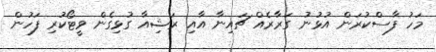
މަހު ފާސްކުރަން އުޅުނު ގަރާރެއް ޗައިނާ އާއި ރަޝިއާ ގުޅިގެން ވީޓޯކުރި ފަހުން